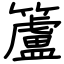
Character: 籚